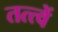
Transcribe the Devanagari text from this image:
तत्त्वें